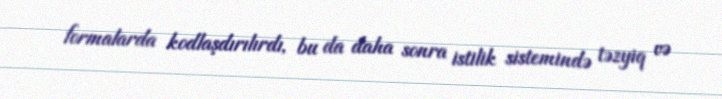
formalarda kodlaşdırılırdı, bu da daha sonra istilik sistemində təzyiq və